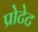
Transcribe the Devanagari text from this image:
प्रोटेट